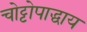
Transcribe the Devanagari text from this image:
चोट्टोपाद्धाय